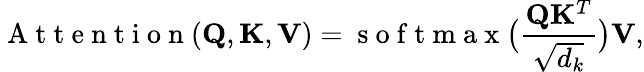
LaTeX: \mathrm{~A~t~t~e~n~t~i~o~n~}(\mathbf{Q},\mathbf{K},\mathbf{V})=\mathrm{~s~o~f~t~m~a~x~}\big(\frac{\mathbf{Q}\mathbf{K}^{T}}{\sqrt{d_{k}}}\big)\mathbf{V},